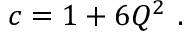
c = 1 + 6 Q ^ { 2 } \ .